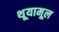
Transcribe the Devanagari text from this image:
थूयामूल